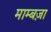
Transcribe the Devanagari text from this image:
माम्बज़ा